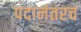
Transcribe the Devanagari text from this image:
पदानंतरच